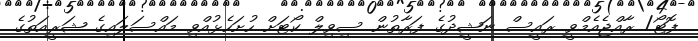
ފޮޓޯ/ ރާއްޖެއެމްވީ ރައީސް ނަޝީދުގެ ފަރާތުން ސިވިލް ކޯޓަށް ހުށަހެޅުއްވި މައްސަލައިގެ ޝަރީއަތުގެ